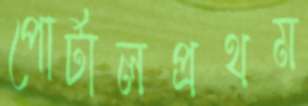
পোর্টালপ্রথম